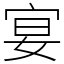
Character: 宴